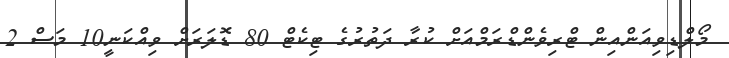
މޯލްޑިވިއަންއިން ޓްރިވެންޑްރަމްއަށް ކުރާ ދަތުރުގެ ޓިކެޓް 80 ޑޮލަރަށް ވިއްކަނީ10 މަސް 2